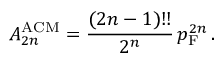
A _ { 2 n } ^ { \mathrm { A C M } } = { \frac { ( 2 n - 1 ) ! ! } { 2 ^ { n } } } \, p _ { \mathrm { F } } ^ { 2 n } \, .